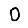
Digit: 0